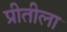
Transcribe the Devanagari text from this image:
प्रीतीला